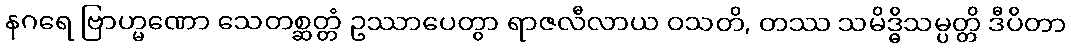
နဂရေ ဗြာဟ္မဏော သေတစ္ဆတ္တံ ဥဿာပေတွာ ရာဇလီလာယ ဝသတိ, တဿ သမိဒ္ဓိသမ္ပတ္တိ ဒီပိတာ